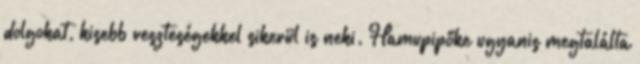
dolgokat, kisebb veszteségekkel sikerül is neki. Hamupipőke ugyanis megtalálta